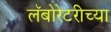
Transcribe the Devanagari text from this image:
लॅबोरेटरीच्या